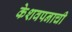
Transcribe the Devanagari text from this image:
केशवपनाची